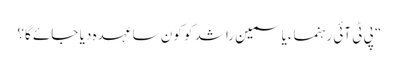
“ پی ٹی آئی رہنماءیاسمین راشد کو کون سا عہدہ دیا جائے گا؟